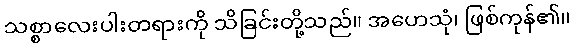
သစ္စာလေးပါးတရားကို သိခြင်းတို့သည်။ အဟေသုံ၊ ဖြစ်ကုန်၏။